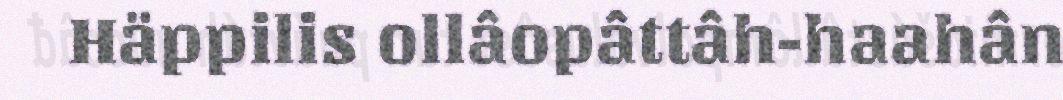
Häppilis ollâopâttâh-haahân